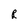
Character: R